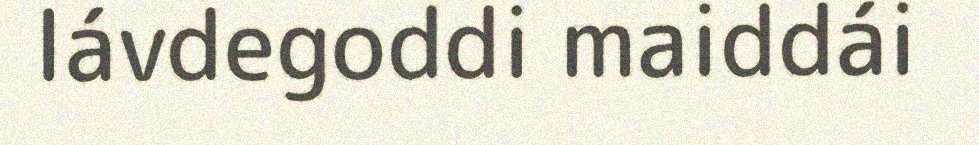
lávdegoddi maiddái